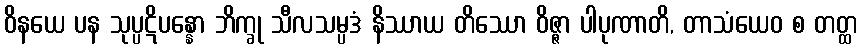
ဝိနယေ ပန သုပ္ပဋိပန္နော ဘိက္ခု သီလသမ္ပဒံ နိဿာယ တိဿော ဝိဇ္ဇာ ပါပုဏာတိ, တာသံယေဝ စ တတ္ထ